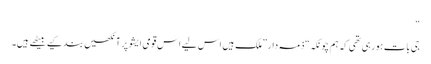
“
جی بات ہورہی تھی کہ ہم چونکہ“ ذمہ دار ”ملک ہیں اس لیے اس قومی ایشو پر آنکھیں بند کیے بیٹھے ہیں۔